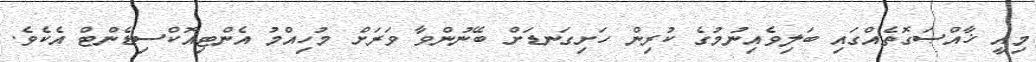
މިއީ ޚާއްޞަގޮތެއްގައި ބަލިވެއިނުމުގެ ކުރިން ހަށިގަނޑަށް ބޭނުންވާ ވަރަށް މުހިއްމު އެންޓިއޮކްސިޑެންޓް އެކެވެ.